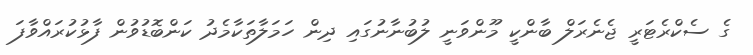
ގެ ސެކްރެޓަރީ ޖެނެރަލް ބާންކީ މޫންވަނީ ލުބުނާނުގައި ދިން ހަމަލާތަކާމެދު ކަންބޮޑުވުން ފާޅުކުރައްވާފަ